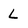
Character: L